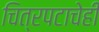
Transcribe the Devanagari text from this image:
चित्रपटाचेही